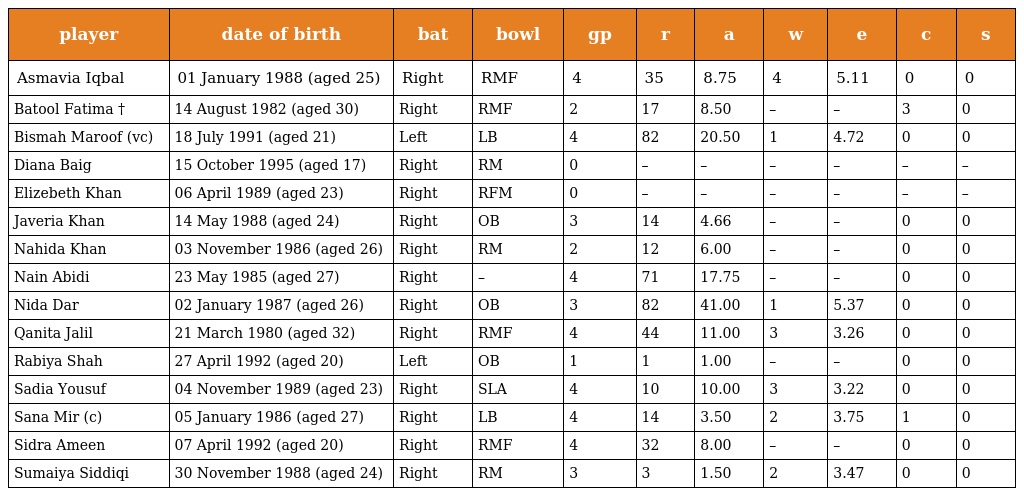
| player | date of birth | bat | bowl | gp | r | a | w | e | c | s |
 | --- | --- | --- | --- | --- | --- | --- | --- | --- | --- | --- |
 | Asmavia Iqbal | 01 January 1988 (aged 25) | Right | RMF | 4 | 35 | 8.75 | 4 | 5.11 | 0 | 0 |
 | Batool Fatima † | 14 August 1982 (aged 30) | Right | RMF | 2 | 17 | 8.50 | – | – | 3 | 0 |
 | Bismah Maroof (vc) | 18 July 1991 (aged 21) | Left | LB | 4 | 82 | 20.50 | 1 | 4.72 | 0 | 0 |
 | Diana Baig | 15 October 1995 (aged 17) | Right | RM | 0 | – | – | – | – | – | – |
 | Elizebeth Khan | 06 April 1989 (aged 23) | Right | RFM | 0 | – | – | – | – | – | – |
 | Javeria Khan | 14 May 1988 (aged 24) | Right | OB | 3 | 14 | 4.66 | – | – | 0 | 0 |
 | Nahida Khan | 03 November 1986 (aged 26) | Right | RM | 2 | 12 | 6.00 | – | – | 0 | 0 |
 | Nain Abidi | 23 May 1985 (aged 27) | Right | – | 4 | 71 | 17.75 | – | – | 0 | 0 |
 | Nida Dar | 02 January 1987 (aged 26) | Right | OB | 3 | 82 | 41.00 | 1 | 5.37 | 0 | 0 |
 | Qanita Jalil | 21 March 1980 (aged 32) | Right | RMF | 4 | 44 | 11.00 | 3 | 3.26 | 0 | 0 |
 | Rabiya Shah | 27 April 1992 (aged 20) | Left | OB | 1 | 1 | 1.00 | – | – | 0 | 0 |
 | Sadia Yousuf | 04 November 1989 (aged 23) | Right | SLA | 4 | 10 | 10.00 | 3 | 3.22 | 0 | 0 |
 | Sana Mir (c) | 05 January 1986 (aged 27) | Right | LB | 4 | 14 | 3.50 | 2 | 3.75 | 1 | 0 |
 | Sidra Ameen | 07 April 1992 (aged 20) | Right | RMF | 4 | 32 | 8.00 | – | – | 0 | 0 |
 | Sumaiya Siddiqi | 30 November 1988 (aged 24) | Right | RM | 3 | 3 | 1.50 | 2 | 3.47 | 0 | 0 |